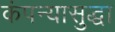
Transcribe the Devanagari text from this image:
कंपन्यासुद्धा